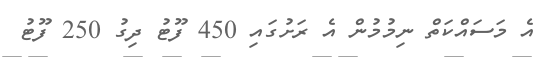
އެ މަސައްކަތް ނިމުމުން އެ ރަށުގައި 450 ފޫޓު ދިގު 250 ފޫޓު